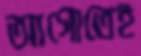
আগোতেই